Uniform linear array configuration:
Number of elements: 24
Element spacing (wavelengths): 0.25
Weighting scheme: hann
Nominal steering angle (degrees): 30
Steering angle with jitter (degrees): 28.055
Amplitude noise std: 0.05
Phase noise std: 0.05

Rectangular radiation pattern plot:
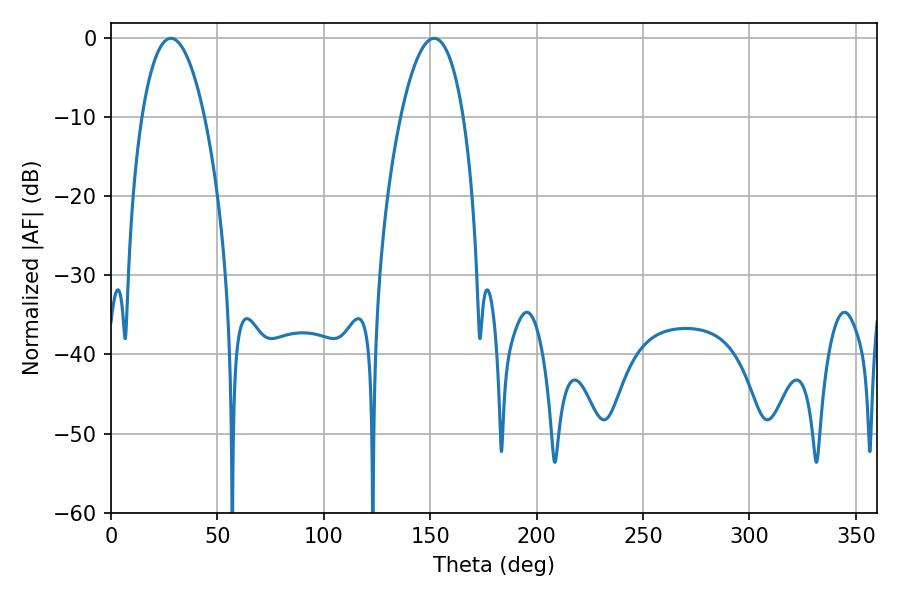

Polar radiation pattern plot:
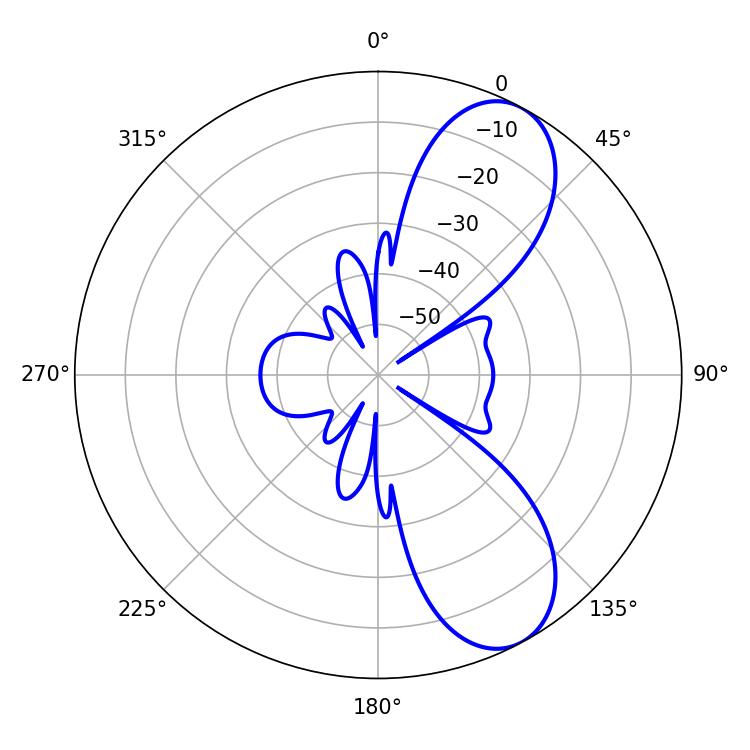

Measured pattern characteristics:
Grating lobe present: FALSE
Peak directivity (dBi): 8.372
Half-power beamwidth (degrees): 16.38
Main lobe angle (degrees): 28.08